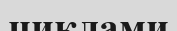
циклами